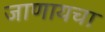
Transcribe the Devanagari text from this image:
जाणायचा